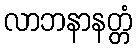
လာဘနာနတ္တံ